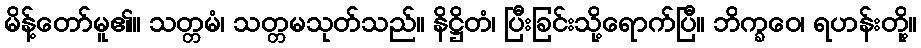
မိန့်တော်မူ၏။ သတ္တမံ၊ သတ္တမသုတ်သည်။ နိဋ္ဌိတံ၊ ပြီးခြင်းသို့ရောက်ပြီ။ ဘိက္ခဝေ၊ ရဟန်းတို့။